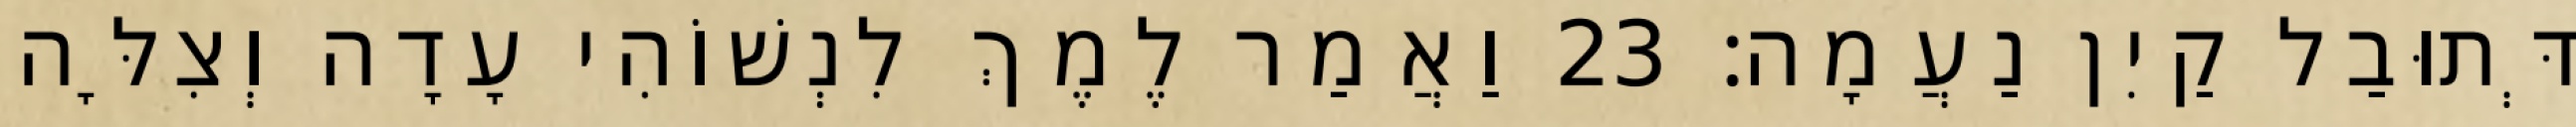
דְּתוּבַל קַיִן נַעֲמָה׃ 23 וַאֲמַר לֶמֶךְ לִנְשׁוֹהִי עָדָה וְצִלָּה